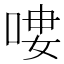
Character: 𠶭